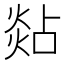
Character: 煔